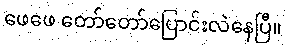
ဖေဖေ တော်တော်ပြောင်းလဲနေပြီ။